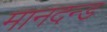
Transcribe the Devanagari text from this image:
मानदन्ड